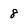
Character: 8